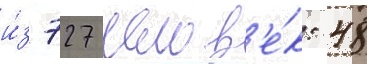
и́з 727 челов'е́к: 48